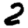
Digit: 2